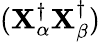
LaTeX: (\mathbf{X}_{\alpha}^{\dagger}\mathbf{X}_{\beta}^{\dagger})